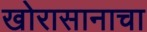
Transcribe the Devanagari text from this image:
खोरासानाचा